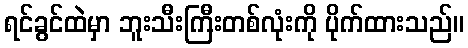
ရင်ခွင်ထဲမှာ ဘူးသီးကြီးတစ်လုံးကို ပိုက်ထားသည်။